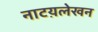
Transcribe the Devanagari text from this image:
नाटय़लेखन